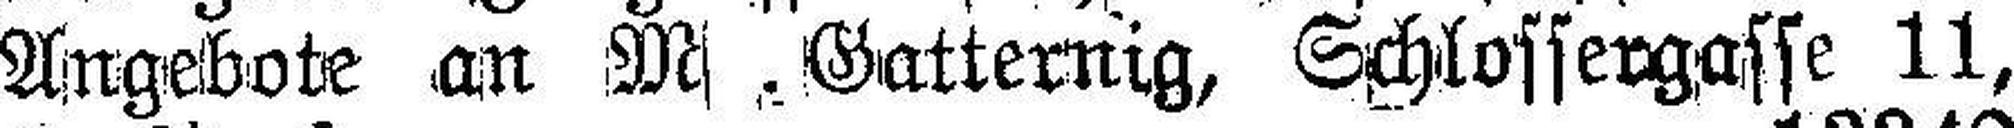
Angebote an M . Gatternig, Schlossergasse 11,